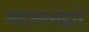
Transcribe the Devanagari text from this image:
महासभेद्वारे